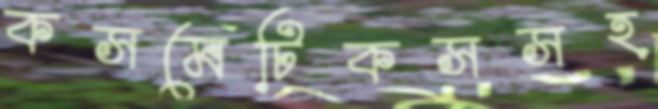
কসমেটিকসসহ